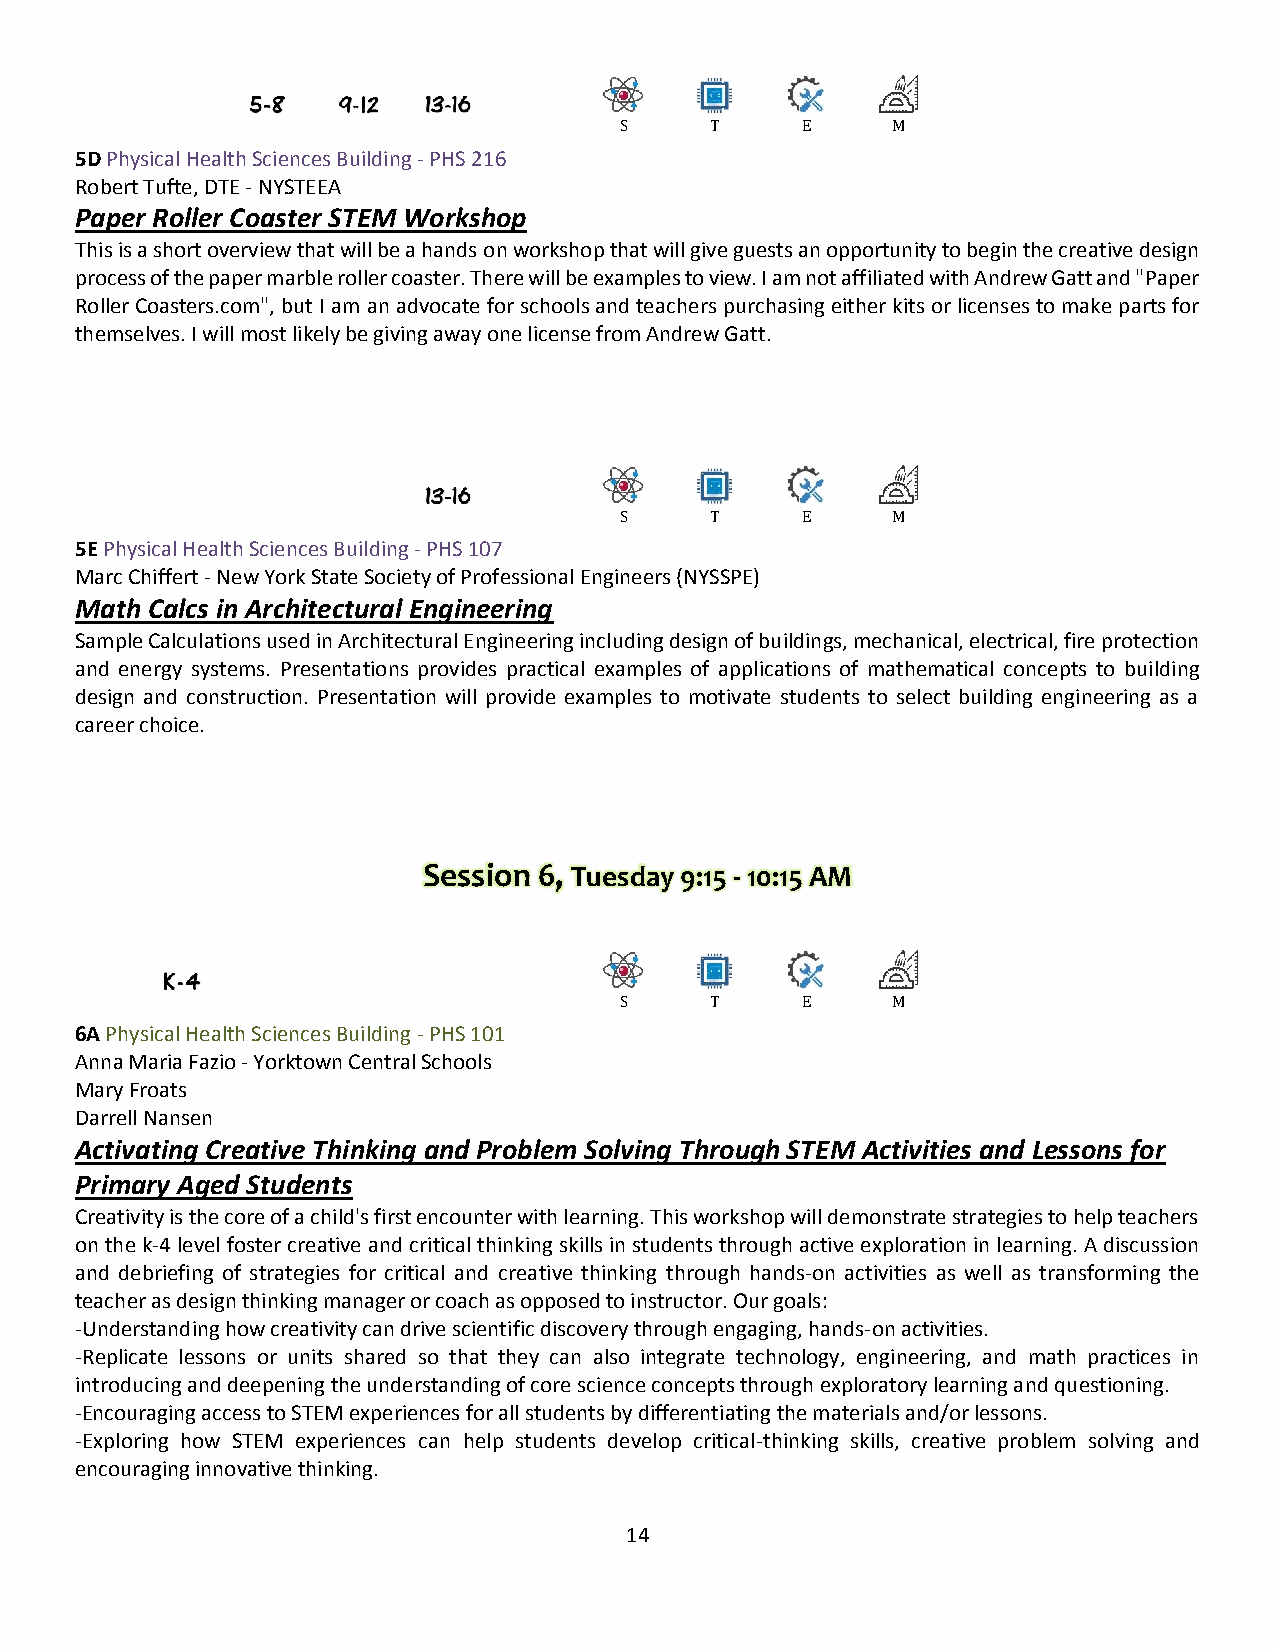
S     T     E     M
 5D Physical Health Sciences Building - PHS 216
 Robert Tufte, DTE - NYSTEEA
 Paper Roller Coaster STEM Workshop
 This is a short overview that will be a hands on workshop that will give guests an opportunity to begin the creative design
 process of the paper marble roller coaster. There will be examples to view. I am not affiliated with Andrew Gatt and "Paper
 Roller Coasters.com", but I am an advocate for schools and teachers purchasing either kits or licenses to make parts for
 themselves. I will most likely be giving away one license from Andrew Gatt.
 S     T     E     M
 5E Physical Health Sciences Building - PHS 107
 Marc Chiffert - New York State Society of Professional Engineers (NYSSPE)
 Math Calcs in Architectural Engineering
 Sample Calculations used in Architectural Engineering including design of buildings, mechanical, electrical, fire protection
 and energy systems. Presentations provides practical examples of applications of mathematical concepts to building
 design and construction. Presentation will provide examples to motivate students to select building engineering as a
 career choice.
 Session 6, Tuesday 9:15 - 10:15 AM
 S     T     E     M
 6A Physical Health Sciences Building - PHS 101
 Anna Maria Fazio - Yorktown Central Schools
 Mary Froats
 Darrell Nansen
 Activating Creative Thinking and Problem Solving Through STEM Activities and Lessons for
 Primary Aged Students
 Creativity is the core of a child's first encounter with learning. This workshop will demonstrate strategies to help teachers
 on the k-4 level foster creative and critical thinking skills in students through active exploration in learning. A discussion
 and debriefing of strategies for critical and creative thinking through hands-on activities as well as transforming the
 teacher as design thinking manager or coach as opposed to instructor. Our goals:
 -Understanding how creativity can drive scientific discovery through engaging, hands-on activities.
 -Replicate lessons or units shared so that they can also integrate technology, engineering, and math practices in
 introducing and deepening the understanding of core science concepts through exploratory learning and questioning.
 -Encouraging access to STEM experiences for all students by differentiating the materials and/or lessons.
 -Exploring how STEM experiences can help students develop critical-thinking skills, creative problem solving and
 encouraging innovative thinking.
 14